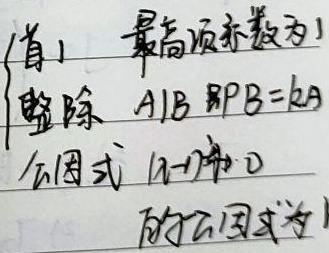
首项系数为\(1\)（最高项系数为\(1\)），整除 \(A\mid B\)，即 \(B = kA\)。公因式：\((a - b)\)和 \(b\)的公因式为\(1\)。